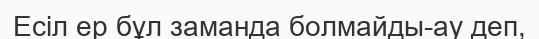
Есіл ер бұл заманда болмайды-ау деп,